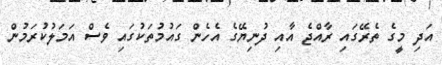
އަދި މީގެ ތެރޭގައި ރާއްޖެ އާއި ދުނިޔޭގެ އެހެން ގައުމުތަކުގައި ވެސް އަމަލުކުރަމުން